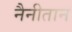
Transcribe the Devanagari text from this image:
नैनीतान